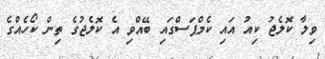
ވިލާ ކޮލެޖު ކިއު އައި ކެމްޕަސްގައި ބޭއްވި އެ ކޮލެޖުގެ ތިން ކޯހެއްގެ